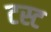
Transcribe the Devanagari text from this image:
टस्ट